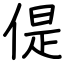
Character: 偍